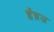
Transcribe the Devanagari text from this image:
ईंग्रज